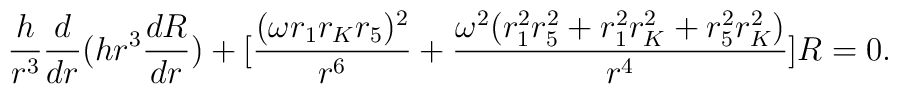
\frac{h}{r^3} \frac{d}{dr} (h r^{3} \frac{dR}{dr}) + [\frac{(\omega r_{1}r_{K}r_{5})^{2}}{r^{6}} + \frac{\omega^{2}( r_{1}^{2}r_{5}^{2} + r_{1}^{2}r_{K}^{2} + r_{5}^{2}r_{K}^{2} )}{r^4}]R = 0.